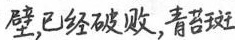
壁，已经破败，青苔